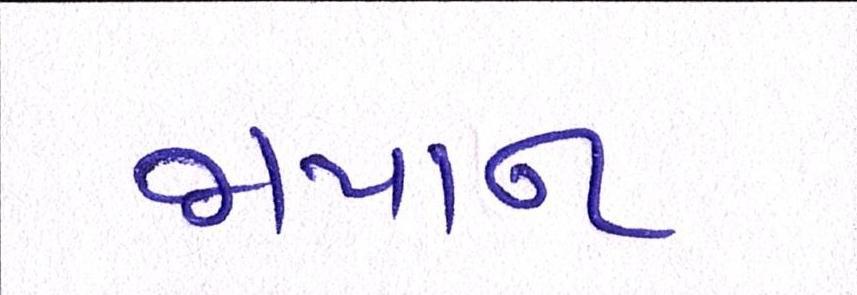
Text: જાપાનઃ